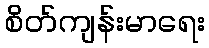
စိတ်ကျန်းမာရေး